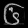
Digit: ၆